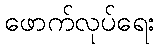
ဖောက်လုပ်ရေး